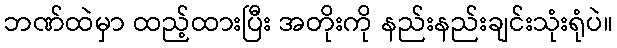
ဘဏ်ထဲမှာ ထည့်ထားပြီး အတိုးကို နည်းနည်းချင်းသုံးရုံပဲ။